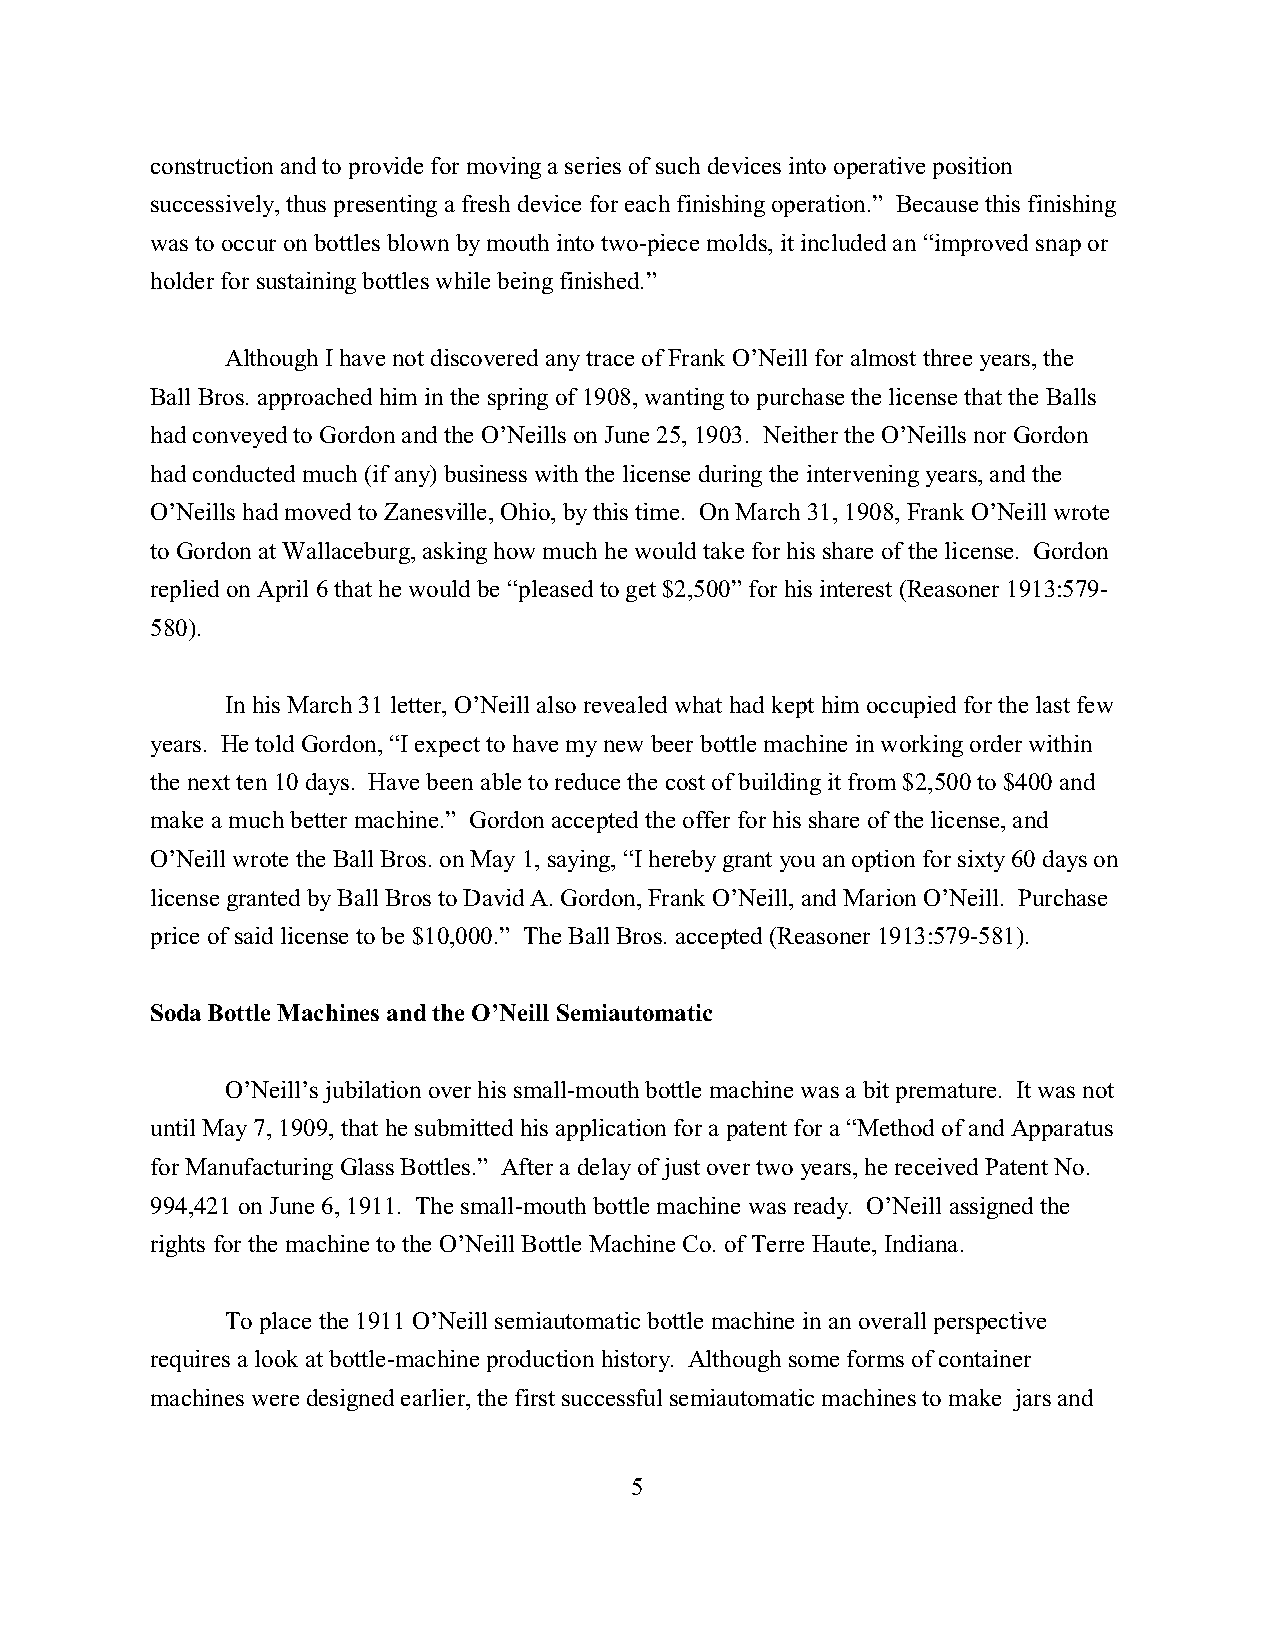
construction and to provide for moving a series of such devices into operative position
 successively, thus presenting a fresh device for each finishing operation.” Because this finishing
 was to occur on bottles blown by mouth into two-piece molds, it included an “improved snap or
 holder for sustaining bottles while being finished.”
 Although I have not discovered any trace of Frank O’Neill for almost three years, the
 Ball Bros. approached him in the spring of 1908, wanting to purchase the license that the Balls
 had conveyed to Gordon and the O’Neills on June 25, 1903. Neither the O’Neills nor Gordon
 had conducted much (if any) business with the license during the intervening years, and the
 O’Neills had moved to Zanesville, Ohio, by this time. On March 31, 1908, Frank O’Neill wrote
 to Gordon at Wallaceburg, asking how much he would take for his share of the license. Gordon
 replied on April 6 that he would be “pleased to get $2,500” for his interest (Reasoner 1913:579-
 580).
 In his March 31 letter, O’Neill also revealed what had kept him occupied for the last few
 years. He told Gordon, “I expect to have my new beer bottle machine in working order within
 the next ten 10 days. Have been able to reduce the cost of building it from $2,500 to $400 and
 make a much better machine.” Gordon accepted the offer for his share of the license, and
 O’Neill wrote the Ball Bros. on May 1, saying, “I hereby grant you an option for sixty 60 days on
 license granted by Ball Bros to David A. Gordon, Frank O’Neill, and Marion O’Neill. Purchase
 price of said license to be $10,000.” The Ball Bros. accepted (Reasoner 1913:579-581).
 Soda Bottle Machines and the O’Neill Semiautomatic
 O’Neill’s jubilation over his small-mouth bottle machine was a bit premature. It was not
 until May 7, 1909, that he submitted his application for a patent for a “Method of and Apparatus
 for Manufacturing Glass Bottles.” After a delay of just over two years, he received Patent No.
 994,421 on June 6, 1911. The small-mouth bottle machine was ready. O’Neill assigned the
 rights for the machine to the O’Neill Bottle Machine Co. of Terre Haute, Indiana.
 To place the 1911 O’Neill semiautomatic bottle machine in an overall perspective
 requires a look at bottle-machine production history. Although some forms of container
 machines were designed earlier, the first successful semiautomatic machines to make jars and
 5